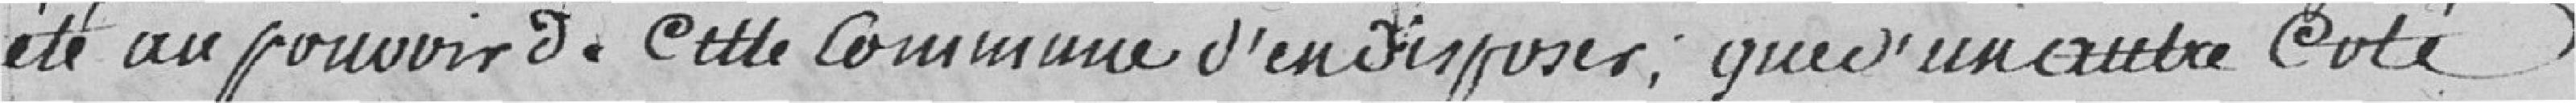
été au pouvoir de cette Commune d'en disposer, que d'un autre côté